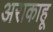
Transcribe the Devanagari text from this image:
अराकाहू